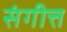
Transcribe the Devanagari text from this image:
संगीत्त